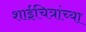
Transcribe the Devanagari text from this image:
शाईचित्रांच्या